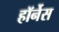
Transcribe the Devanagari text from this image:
हॉर्नेस